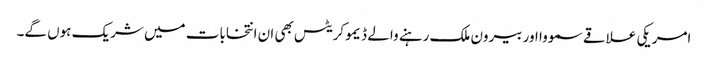
امریکی علاقے سمووا اور بیرون ملک رہنے والے ڈیموکریٹس بھی ان انتخابات میں شریک ہوں گے۔